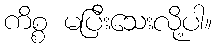
ကိစ္စ မပြီးသေးလို့ပါ။